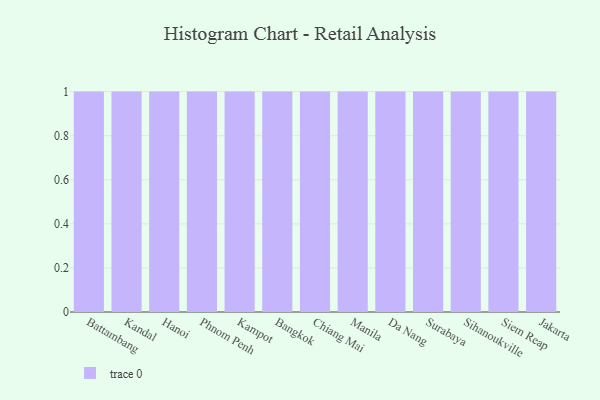
{"axis": {"x": "City", "y": "Customer Acquisition Cost (USD)"}, "legend": [""], "data": [{"x": "Battambang", "y": 58, "type": ""}, {"x": "Kandal", "y": 90, "type": ""}, {"x": "Hanoi", "y": 26, "type": ""}, {"x": "Phnom Penh", "y": 84, "type": ""}, {"x": "Kampot", "y": 79, "type": ""}, {"x": "Bangkok", "y": 3, "type": ""}, {"x": "Chiang Mai", "y": 83, "type": ""}, {"x": "Manila", "y": 40, "type": ""}, {"x": "Da Nang", "y": 98, "type": ""}, {"x": "Surabaya", "y": 61, "type": ""}, {"x": "Sihanoukville", "y": 59, "type": ""}, {"x": "Siem Reap", "y": 62, "type": ""}, {"x": "Jakarta", "y": 1, "type": ""}]}